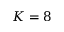
K = 8